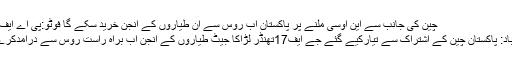
چین کی جانب سے این اوسی ملنے پر پاکستان اب روس سے ان طیاروں کے انجن خرید سکے گا فوٹو:پی اے ایف / فائل
اسلام آباد: پاکستان چین کے اشتراک سے تیارکیے گئے جے ایف17تھنڈر لڑاکا جیٹ طیاروں کے انجن اب براہ راست روس سے درآمدکرے گا، ۔